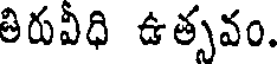
తిరువీధి ఉత్సవం.